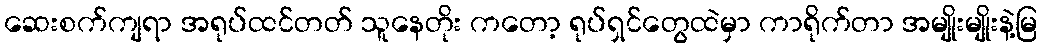
ဆေးစက်ကျရာ အရုပ်ထင်တတ် သူနေတိုး ကတော့ ရုပ်ရှင်တွေထဲမှာ ကာရိုက်တာ အမျိုးမျိုးနဲ့မြ